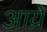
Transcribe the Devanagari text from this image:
आय्रे